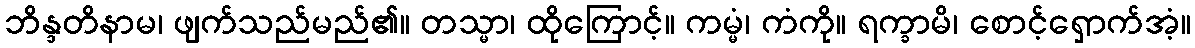
ဘိန္ဒတိနာမ၊ ဖျက်သည်မည်၏။ တသ္မာ၊ ထိုကြောင့်။ ကမ္မံ၊ ကံကို။ ရက္ခာမိ၊ စောင့်ရှောက်အံ့။